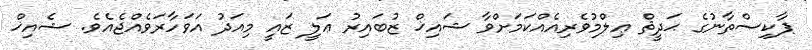
ޕާކިސްތާނުގެ ޙަދީޘް ޢިލްމުވެރިއެއްކަމަށްވާ ޝައިޚް ޒުބައިރު ޢަލީ ޒައީ މިއަދު އަވަހާރަވެއްޖެއެވެ. ޝެއިޚް